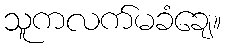
သူကလက်မခံချေ။